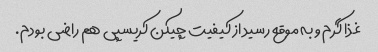
غذا گرم و به موقع رسید از کیفیت چیکن کریسپی هم راضی بودم.